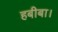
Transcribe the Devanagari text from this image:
हबीबा।